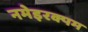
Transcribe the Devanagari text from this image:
नमेइरक्पम